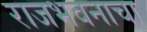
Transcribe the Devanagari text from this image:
राजभवनाचा